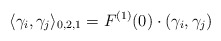
\begin{align*}\langle \gamma_i,\gamma_j\rangle_{0,2,1}=F^{(1)}(0)\cdot (\gamma_i,\gamma_j)\end{align*}